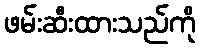
ဖမ်းဆီးထားသည်ကို